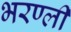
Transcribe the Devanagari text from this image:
भरण्ली